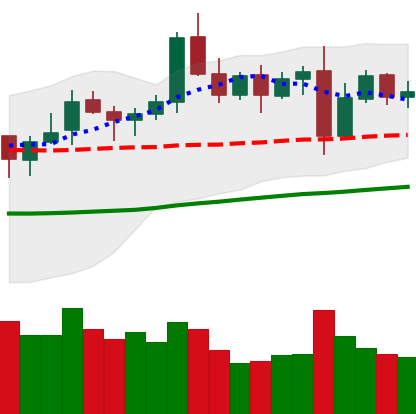
Ticker: LTC-USD
Chart end date: 2021-10-31
Forward return: 4.025%
Label: up_3_5